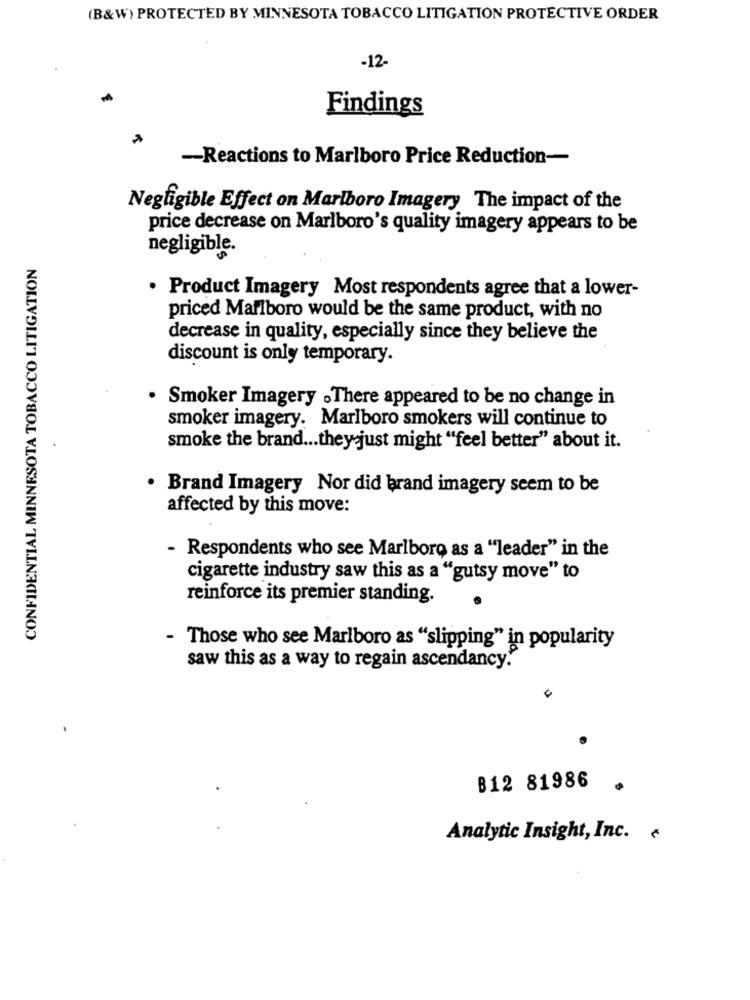
(B&W) PROTECTED BY MINNESOTA TOBACCO LITIGATION PROTECTIVE ORDER
-12-
Findings
-Reactions to Marlboro Price Reduction-
Negligible Effect on Marlboro Imagery The impact of the
price decrease on Marlboro's quality imagery appears to be
negligible.
CONFIDENTIAL MINNESOTA TOBACCO LITIGATION
· Product Imagery Most respondents agree that a lower-
priced Marlboro would be the same product, with no
decrease in quality, especially since they believe the
discount is only temporary.
· Smoker Imagery .There appeared to be no change in
smoker imagery. Marlboro smokers will continue to
smoke the brand ... they just might "feel better" about it.
Brand Imagery Nor did brand imagery seem to be
affected by this move:
- Respondents who see Marlboro as a "leader" in the
cigarette industry saw this as a "gutsy move" to
reinforce its premier standing.
- Those who see Marlboro as "slipping" in popularity
saw this as a way to regain ascendancy."
0
B12 81986
Analytic Insight, Inc.